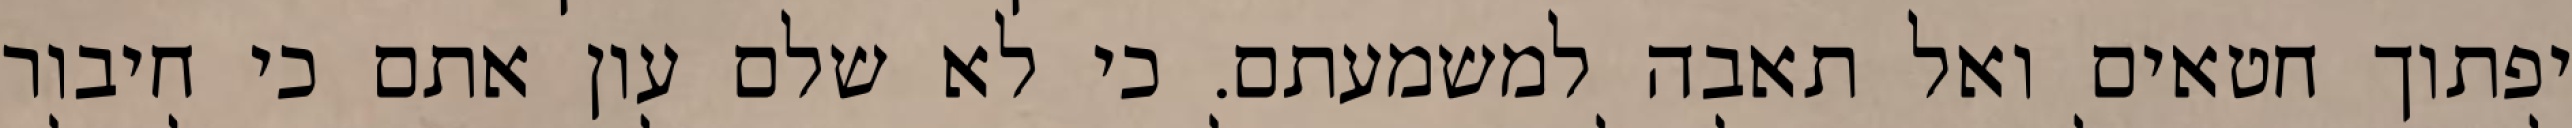
יפתוך חטאים ואל תאבה למשמעתם. כי לא שלם עון אתם כי חיבור